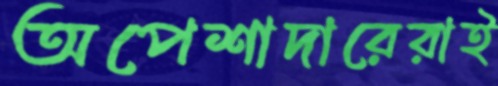
অপেশাদারেরাই